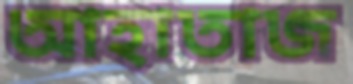
আহাতাজ